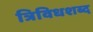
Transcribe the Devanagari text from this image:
त्रिविधशब्द